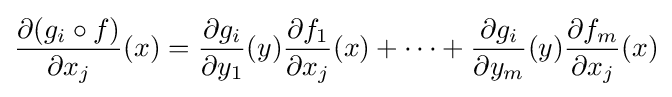
{\frac {\partial (g_{i}\circ f)}{\partial x_{j}}}(x)={\frac {\partial g_{i}}{\partial y_{1}}}(y){\frac {\partial f_{1}}{\partial x_{j}}}(x)+\cdots +{\frac {\partial g_{i}}{\partial y_{m}}}(y){\frac {\partial f_{m}}{\partial x_{j}}}(x)